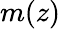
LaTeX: m(z)